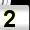
Digit: 2